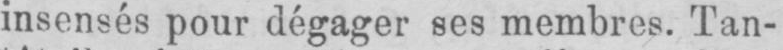
insensés pour dégager ses membres. Tan-